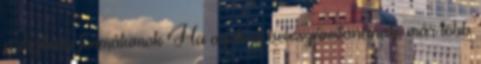
a digitális formátumok Ha azok is beleszámítanának, már több